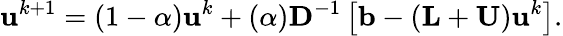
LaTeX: \mathbf{u}^{k+1}=(1-\alpha)\mathbf{u}^{k}+(\alpha)\mathbf{D}^{-1}\left[\mathbf{b}-(\mathbf{L}+\mathbf{U})\mathbf{u}^{k}\right].